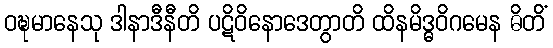
ဝဍ္ဎမာနေသု ဒါနာဒီနီတိ ပဋိဝိနောဒေတွာတိ ထိနမိဒ္ဓဝိဂမေန ဓိတိံ